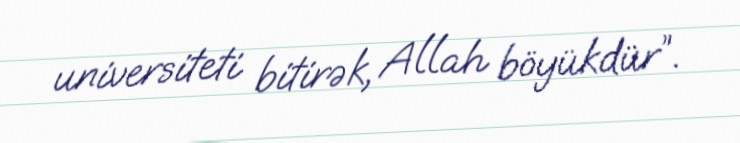
universiteti bitirək, Allah böyükdür”.